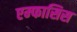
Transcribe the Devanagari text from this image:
एम्फासिस